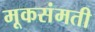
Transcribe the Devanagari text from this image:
मूकसंमती